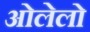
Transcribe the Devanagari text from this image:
ओलेलो